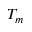
T _ { m }